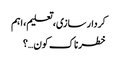
کردار سازی، تعلیم،اہم
خطرناک کون…؟